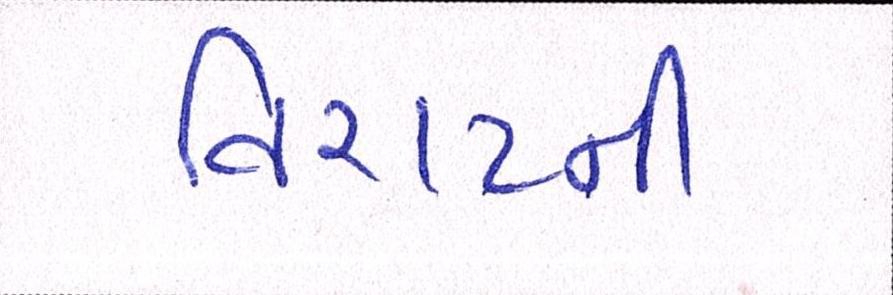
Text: વિરાટની